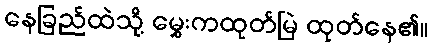
နေခြည်ထဲသို့ မွှေးကထုတ်မြဲ ထုတ်နေ၏။